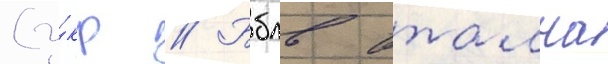
(у́кр // Бблв втална